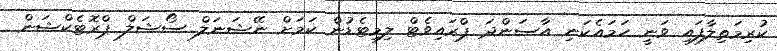
ކުރިމަތިލާފައި ވަނީ ހަމައެކަނި އާސަންދަ ޕްރައިވެޓް ލިމިޓެޑުން ކަމަށް ނޭޝަނަލް ސޯޝަލް ޕްރޮޓެކްޝަން